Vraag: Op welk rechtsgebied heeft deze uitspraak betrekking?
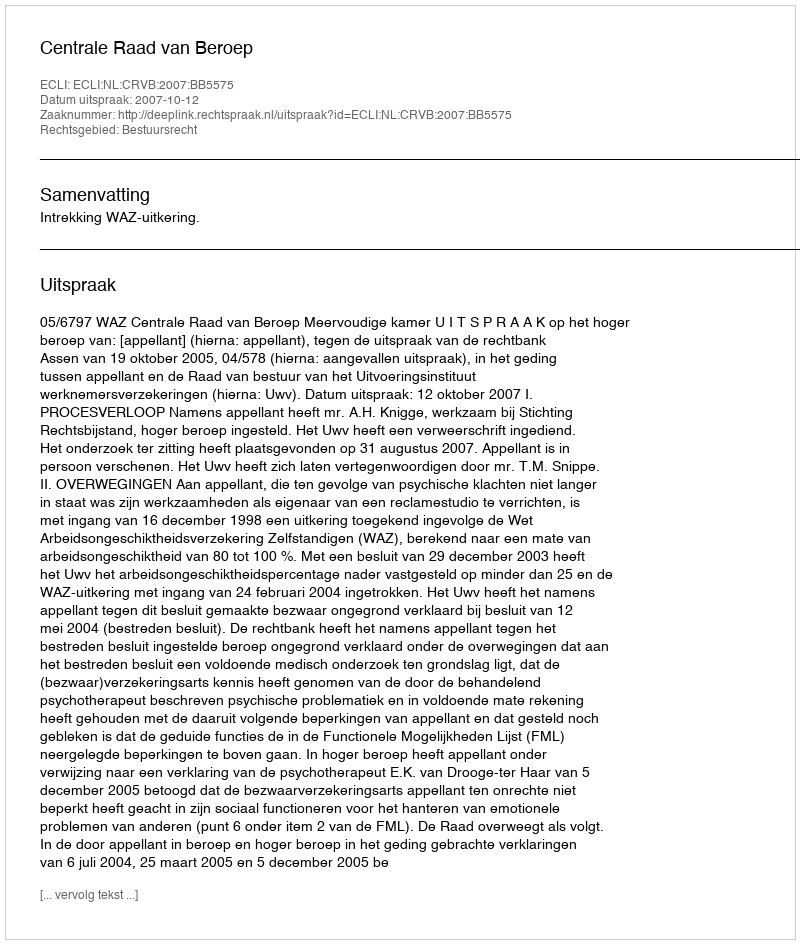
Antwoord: Bestuursrecht